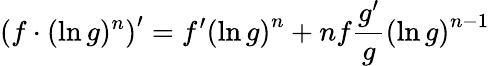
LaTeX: \left(f\cdot(\ln g)^{n}\right)^{\prime}=f^{\prime}\left(\ln g\right)^{n}+nf{\frac{g^{\prime}}{g}}\left(\ln g\right)^{n-1}